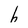
Character: h